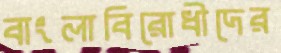
বাংলাবিরোধীদের